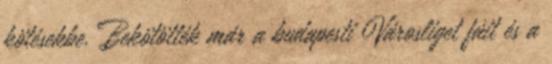
kötésekbe. Bekötötték már a budapesti Városliget fáit és a